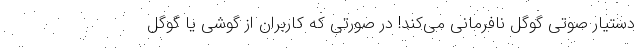
دستیار صوتی گوگل نافرمانی می‌کند! در صورتی که کاربران از گوشی یا گوگل